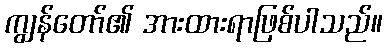
ကျွန်တော်၏ အားထားရာဖြစ်ပါသည်။